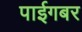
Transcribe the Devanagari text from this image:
पाईगबर